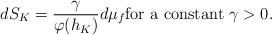
LaTeX: \begin{align*} dS_K= \frac{\gamma}{\varphi(h_K)}d\mu_f\mbox{for a constant}~\gamma>0.\end{align*}